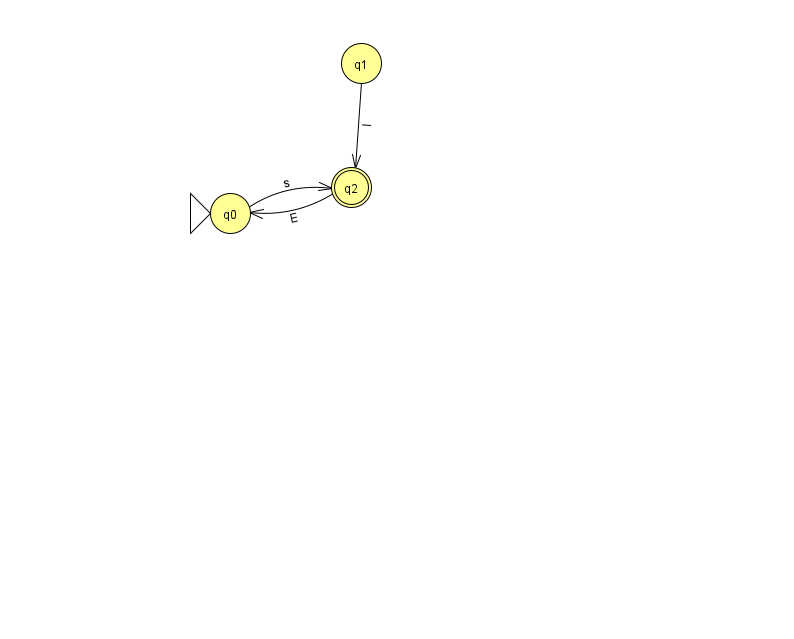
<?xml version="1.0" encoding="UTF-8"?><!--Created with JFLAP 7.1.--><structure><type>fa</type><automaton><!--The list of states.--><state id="0" name="q0"><x>230.0</x><y>200.0</y><initial/></state><state id="1" name="q1"><x>361.0</x><y>50.0</y></state><state id="2" name="q2"><x>351.0</x><y>174.0</y><final/></state><!--The list of transitions.--><transition><from>0</from><to>2</to><read>s</read></transition><transition><from>1</from><to>2</to><read>l</read></transition><transition><from>2</from><to>0</to><read>E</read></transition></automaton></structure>